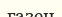
газен